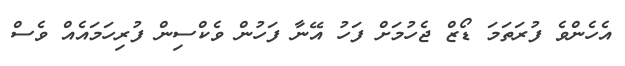
އެހެންވެ ފުރަތަމަ ޑޯޒް ޖެހުމަށް ފަހު އޭނާ ފަހުން ވެކްސިން ފުރިހަމައެއް ވެސް